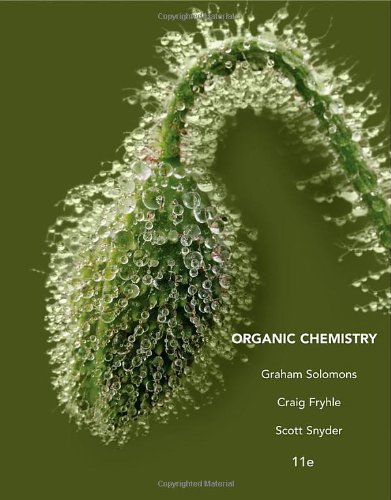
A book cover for Organic Chemistry, 11th Edition; T. W. Graham Solomons; Science & Math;